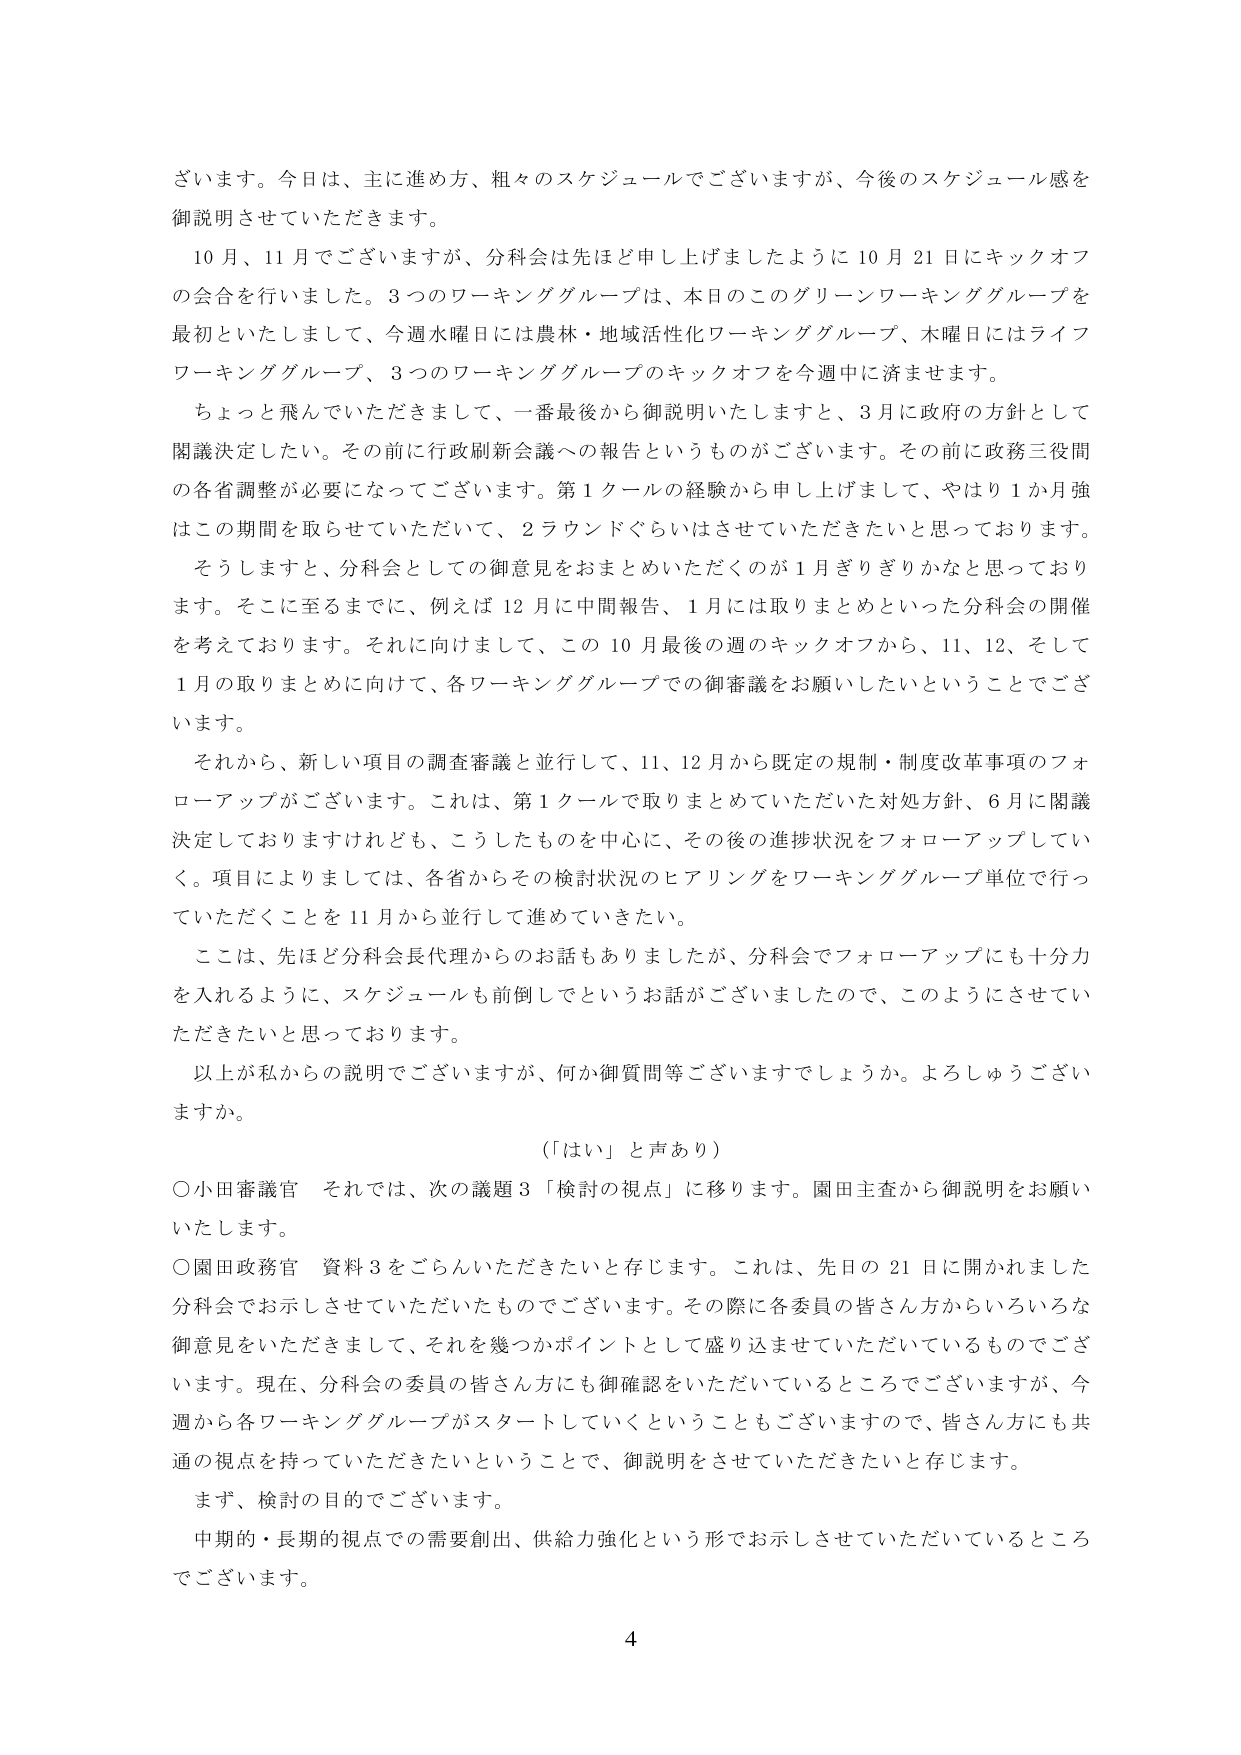
ざいます。今日は、主に進め方、粗々のスケジュールでございますが、今後のスケジュール感を御説明させていただきます。

10月、11月でございますが、分科会は先ほど申し上げましたように10月21日にキックオフの会合を行いました。3つのワーキンググループは、本日のこのグリーンワーキンググループを最初といたしまして、今週水曜日には農林・地域活性化ワーキンググループ、木曜日にはライフワーキンググループ、3つのワーキンググループのキックオフを今週中に済ませます。

ちょっと飛んでいただきますと、一番最後から御説明いたしますと、3月に政府の方針として閣議決定したい。その前に行政刷新会議への報告というものがございます。その前に政務三役間の各省調整が必要になってございます。第1クールの経験から申し上げまして、やはり1か月強はこの期間を取らせていただいて、2ラウンドぐらいはさせていただきたいと思っております。

そうしますと、分科会としての御意見をおまとめいただくのが1月ぎりぎりかなと思っております。そこに至るまでに、例えば12月に中間報告、1月には取りまとめといった分科会の開催を考えております。それに向けまして、この10月最後の週のキックオフから、11、12、そして1月の取りまとめに向けて、各ワーキンググループでの御審議をお願いしたいということでございます。

それから、新しい項目の調査審議と並行して、11、12月から既定の規制・制度改革事項のフォローアップがございます。これは、第1クールで取りまとめていただいた対処方針、6月に閣議決定しておりますけれども、こうしたものを中心に、その後の進捗状況をフォローアップしていく。項目によりましては、各省からその検討状況のヒアリングをワーキンググループ単位で行っていただくことを11月から並行して進めていきたい。

ここは、先ほど分科会長代理からのお話もありましたが、分科会でフォローアップにも十分力を入れるように、スケジュールも前倒しでというお話がございましたので、このようにさせていただきたいと思っております。

以上が私からの説明でございますが、何か御質問等ございますでしょうか。よろしうございますか。

（「はい」と声あり）

○小田審議官　それでは、次の議題3「検討の視点」に移ります。園田主査から御説明をお願いいたします。

○園田政務官　資料3をごらんいただきたいと存じます。これは、先日の21日に開かれました分科会でお示しさせていただいたものでございます。その際に各委員の皆さん方からいろいろな御意見をいただきまして、それを幾つかポイントとして盛り込ませていただいているものでございます。現在、分科会の委員の皆さん方にも御確認をいただいているところでございますが、今週から各ワーキンググループがスタートしていくということもございますので、皆さん方にも共通の視点を持っていただきたいということで、御説明をさせていただきたいと存じます。

まず、検討の目的でございます。

中期的・長期的視点での需要創出、供給力強化という形でお示しさせていただいているところでございます。

4